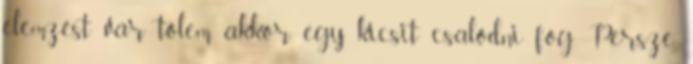
elemzést vár tőlem, akkor egy kicsit csalódni fog. Persze